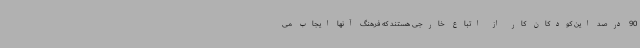
90 درصد این کودکان کار از اتباع خارجی هستند که فرهنگ آنها ایجاب می